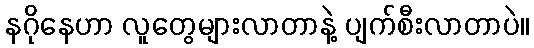
နဂိုနေဟာ လူတွေများလာတာနဲ့ ပျက်စီးလာတာပဲ။